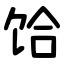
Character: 饸